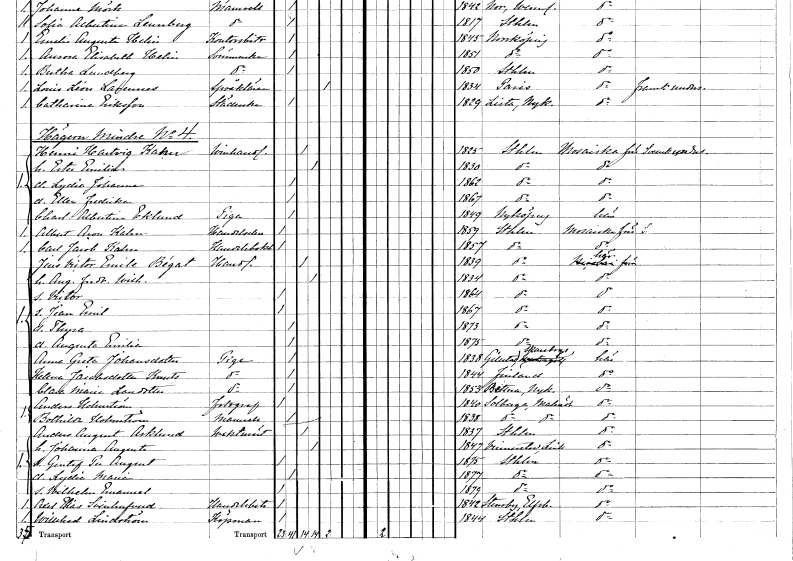
gt_parse: households: individuals: FN: Henni Hartvig
EN: Kahn
YRKE: Vinhandlare
KON: M
CIV: G
FODAR: 1825
FODFORS: Stockholm
FN: Ester Emilia
KON: K
CIV: G
FODAR: 1830
FODFORS: Stockholm
FN: Lydia Johanna
KON: K
CIV: O
FODAR: 1862
FODFORS: Stockholm
FN: Ellen Fredrika
KON: K
CIV: O
FODAR: 1867
FODFORS: Stockholm
FN: Charlotta Albertina
EN: Eklund
YRKE: Piga
KON: K
CIV: O
FODAR: 1849
FODFORS: Nyköping Södermanlands län
FN: Albert Aron
EN: Kahn
YRKE: Handelselev
KON: M
CIV: O
FODAR: 1859
FODFORS: Stockholm
FN: Carl Jacob
EN: Kahn
YRKE: Handelsbokhållare
KON: M
CIV: O
FODAR: 1857
FODFORS: Stockholm
FN: Jens Victor Emile
EN: Bégat
YRKE: Handlande
KON: M
CIV: G
FODAR: 1839
FODFORS: Stockholm
FN: Augusta Fredrika Wilhelmina
KON: K
CIV: G
FODAR: 1834
FODFORS: Stockholm
FN: Victor
KON: M
CIV: O
FODAR: 1864
FODFORS: Stockholm
FN: Jean Emil
KON: M
CIV: O
FODAR: 1867
FODFORS: Stockholm
FN: Thyra
KON: K
CIV: O
FODAR: 1873
FODFORS: Stockholm
FN: Augusta Emilia
KON: K
CIV: O
FODAR: 1875
FODFORS: Stockholm
FN: Anna Greta
EN: Johansdotter
YRKE: Piga
KON: K
CIV: O
FODAR: 1838
FODFORS: Gillstad Skaraborgs län
FN: Helena
EN: Jacobsdotter Knuts
YRKE: Piga
KON: K
CIV: O
FODAR: 1844
FN: Clara Maria
EN: Larsdotter
YRKE: Piga
KON: K
CIV: O
FODAR: 1853
FODFORS: Bettna Södermanlands län
FN: Anders
EN: Holmström
YRKE: Fotograf
KON: M
CIV: O
FODAR: 1840
FODFORS: Solberga Malmöhus län
FN: Bothilda
EN: Holmström
KON: K
CIV: O
FODAR: 1838
FODFORS: Solberga Malmöhus län
FN: Anders August
EN: Asklund
YRKE: Vaktmästare
KON: M
CIV: G
FODAR: 1837
FODFORS: Stockholm
FN: Johanna Augusta
KON: K
CIV: G
FODAR: 1847
FODFORS: Vinnerstad Östergötlands län
FN: Gustaf Per August
KON: M
CIV: O
FODAR: 1875
FODFORS: Stockholm
FN: Lydia Maria
KON: K
CIV: O
FODAR: 1877
FODFORS: Stockholm
FN: Wilhelm Emanuel
KON: M
CIV: O
FODAR: 1879
FODFORS: Stockholm
FN: Axel Elias
EN: Svinhufvud
YRKE: Handelsbiträde
KON: M
CIV: O
FODAR: 1842
FODFORS: Steneby Älvsborgs län
FN: Willehad
EN: Lindström
YRKE: Köpman
KON: M
CIV: O
FODAR: 1844
FODFORS: Stockholm